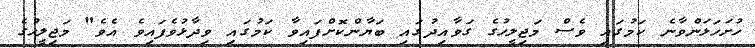
ހުށަހަޅަންވާނެ ކަމުގައި ވެސް މަޖިލީހުގެ ގަވާއިދުގައި ބަޔާންކޮށްފައިވާ ކަމުގައި ވިދާޅުވެފައިވެ އެވެ" މަޖިލީހުގެ